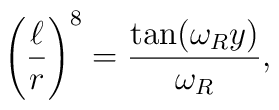
\left(\frac{\ell}{r}\right)^8 = { {\tan(\omega_Ry)}\over{\omega_R}},